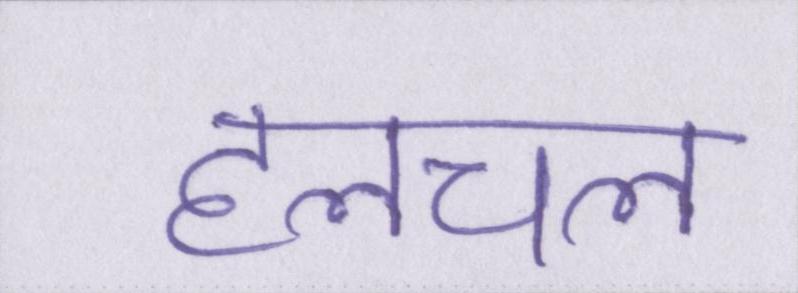
हलचल